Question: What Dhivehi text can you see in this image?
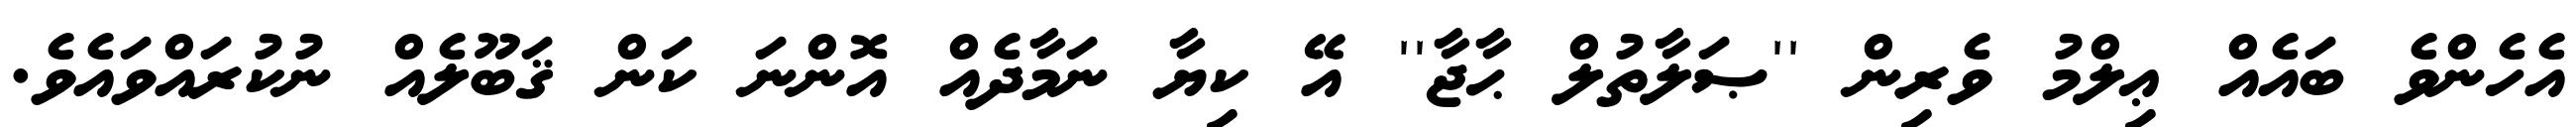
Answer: އެހެންވެ ބައެއް ޢިލްމު ވެރިން ''ޞަލާތުލް ޙާޖާ'' އޭ ކިޔާ ނަމާދެއް އޮންނަ ކަން ޤަބޫލެއް ނުކުރައްވައެވެ.